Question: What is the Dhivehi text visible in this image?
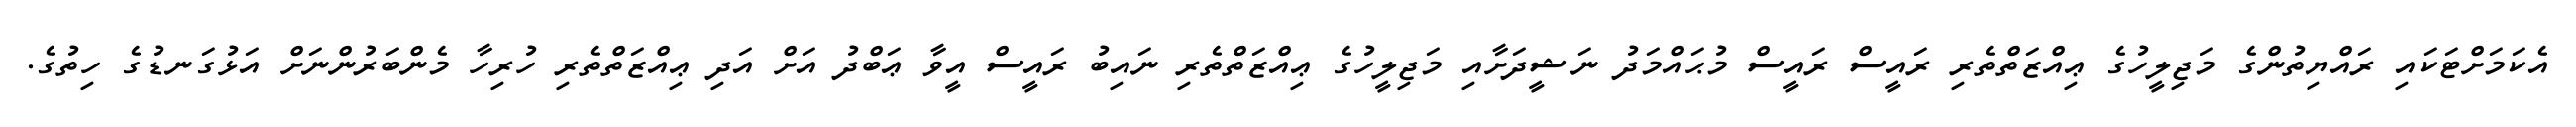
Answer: އެކަމަށްޓަކައި ރައްޔިތުންގެ މަޖިލީހުގެ ޢިއްޒަތްތެރި ރައީސް ރައީސް މުޙައްމަދު ނަޝީދަށާއި މަޖިލީހުގެ ޢިއްޒަތްތެރި ނައިބު ރައީސް އީވާ ޢަބްދު އަށް އަދި ޢިއްޒަތްތެރި ހުރިހާ މެންބަރުންނަށް އަޅުގަނޑުގެ ހިތުގެ.